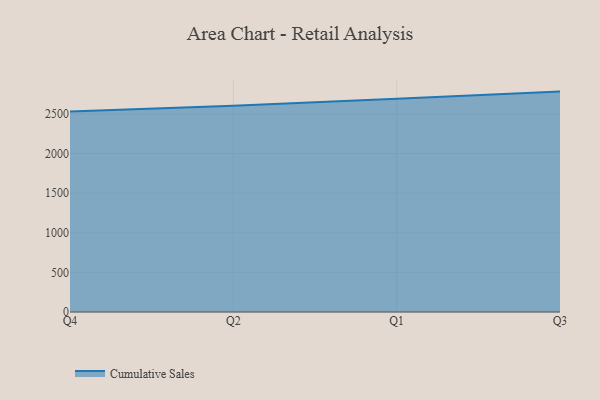
{"axis": {"x": "Quarter", "y": "Shipments"}, "legend": ["Cumulative Sales"], "data": [{"x": "Q4", "y": 2530.2, "type": "Cumulative Sales"}, {"x": "Q2", "y": 2603.3, "type": "Cumulative Sales"}, {"x": "Q1", "y": 2692.1, "type": "Cumulative Sales"}, {"x": "Q3", "y": 2781.2, "type": "Cumulative Sales"}]}